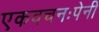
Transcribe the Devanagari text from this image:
एकवचनःपेनी